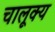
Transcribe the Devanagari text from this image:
चालूक्य